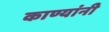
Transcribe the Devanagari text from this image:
काण्यांनी